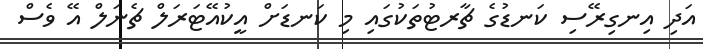
އަދި އިނގިރޭސި ކަނޑުގެ ޗާރޓުތަކުގައި މި ކަނޑަށް އީކުއޭޓަރަލް ޗެނަލް އޭ ވެސް